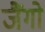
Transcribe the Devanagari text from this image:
जैंगो